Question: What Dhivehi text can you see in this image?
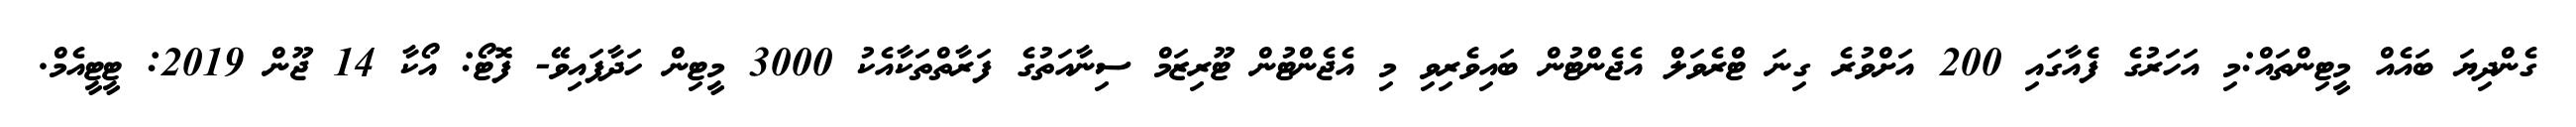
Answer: ގެންދިޔަ ބައެއް މީޓިންތައް:މި އަހަރުގެ ފެއާގައި 200 އަށްވުރެ ގިނަ ޓްރެވަލް އެޖެންޓުން ބައިވެރިވި މި އެޖެންޓުން ޓޫރިޒަމް ސިނާއަތުގެ ފަރާތްތަކާއެކު 3000 މީޓިން ހަދާފައިވޭ- ފޮޓޯ: އޯކާ 14 ޖޫން 2019: ޓީޓީއެމް.